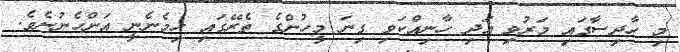
މި ހާދިސާގައި މަރުވި އަދި ހާނިއްކަވި ގިނަ މީހުންގެ ތެރޭގައި ހިމެނެނީ އަންހެނުނެވެ.